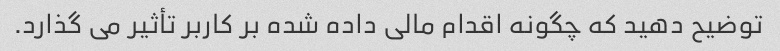
توضیح دهید که چگونه اقدام مالی داده شده بر کاربر تأثیر می گذارد.